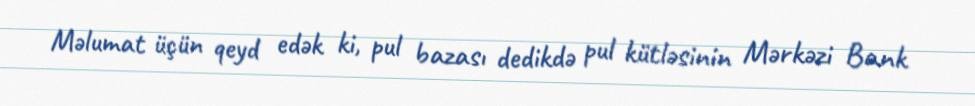
Məlumat üçün qeyd edək ki, pul bazası dedikdə pul kütləsinin Mərkəzi Bank